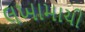
લખામાચી